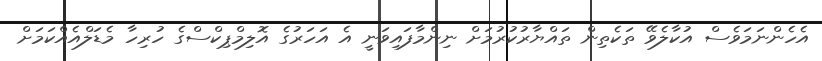
އެހެންނަމަވެސް އުކާލެވޭ ތަކެތިން ތައްޔާރުކުރުމަށް ނިންމާފައިވަނީ އެ އަހަރުގެ އޮލިމްޕިކްސްގެ ހުރިހާ މެޑަލްއެއްކަމަށް